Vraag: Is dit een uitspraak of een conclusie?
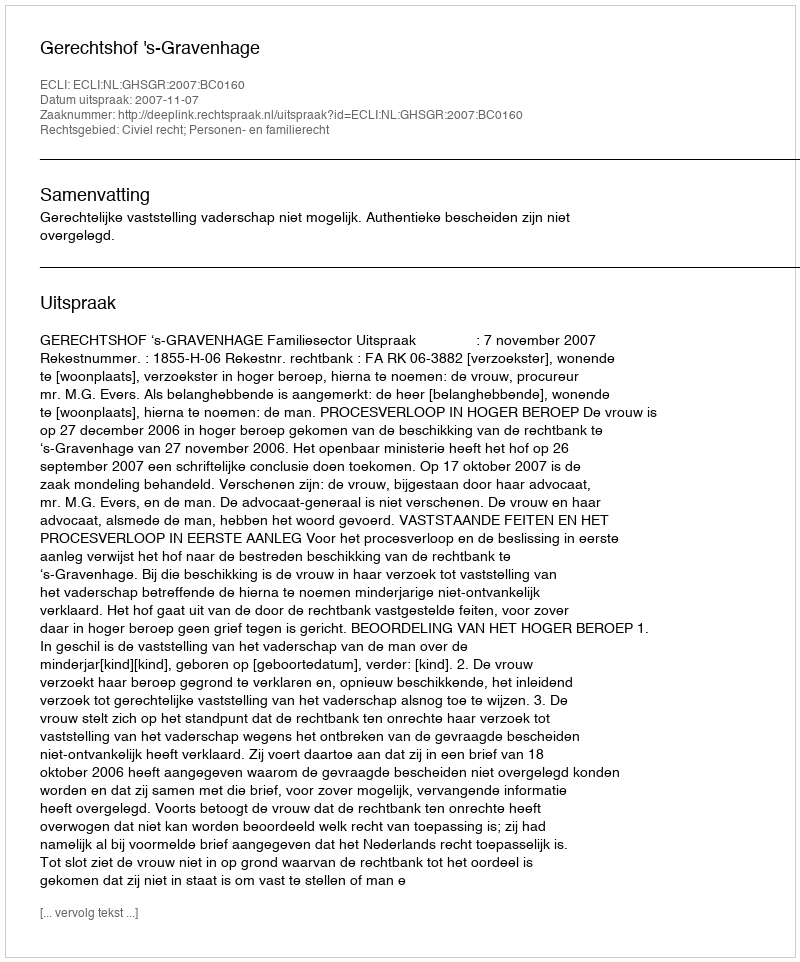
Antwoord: Uitspraak